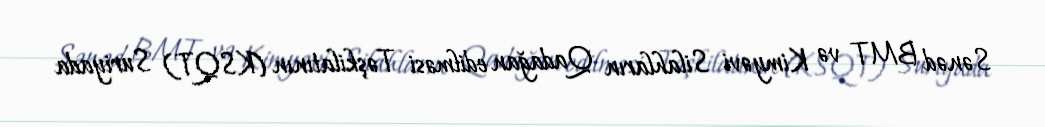
Sənəd BMT və Kimyəvi Silahların Qadağan edilməsi Təşkilatının (KSQT) Suriyada